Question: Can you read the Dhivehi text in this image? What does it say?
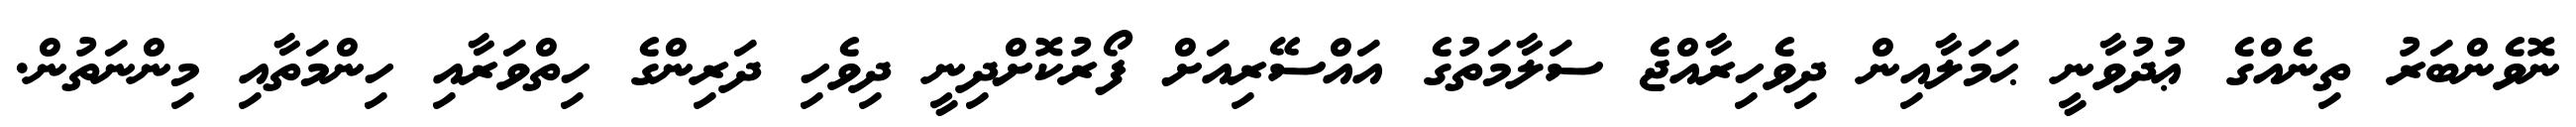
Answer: ނޮވެންބަރު ތިނެއްގެ ޢުދުވާނީ ޙަމަލާއިން ދިވެހިރާއްޖެ ސަލާމަތުގެ އައްސޭރިއަށް ފޯރުކޮށްދިނީ ދިވެހި ދަރިންގެ ހިތްވަރާއި ހިންމަތާއި މިންނަތުން.